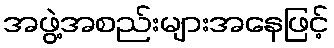
အဖွဲ့အစည်းများအနေဖြင့်